system: You are a helpful assistant.
user:
Analyze the provided spectrum to determine if it is a **Carbon Star (C-type)**.

- **Key Visual Indicators of Carbon Star:**
    - **(Primary):** Strong molecular absorption from **C₂ (diatomic carbon) "Swan Bands."** This is the **defining feature** of a carbon star.
        - **(Key Bandheads):** Sharp absorption edges are visible at approximately $5635$ Å, $5165$ Å (the strongest band), and $4737$ Å.
        - **(Line Profile):** Creates a distinct **"saw-tooth"** pattern. The key morphology is a sharp, steep bandhead on the **red (long-wavelength) side**, which then gradually tapers off (i.e., flux recovers) towards the **blue (short-wavelength) side**. *(This is the direct opposite of the TiO bands seen in M-type stars)*.

    - **(Secondary):** Intense **CN (cyanogen)** molecular absorption bands.
        - **(Key Bandheads):** Located in the blue and violet regions of the spectrum (e.g., near $4215$ Å and $3883$ Å).
        - **(Morphology):** These bands are extremely broad and act as a "blanket," absorbing the vast majority of blue and violet light. This creates a characteristic **"cliff"** or **"steep drop-off"** in the spectrum's flux at short wavelengths.

    - **(Key Confirmation):** Strong **CH absorption band (G-band)**.
        - **(Key Bandhead):** Located around $4300$ Å. The contribution from CH molecules to this band is exceptionally strong.

    - **(Overall Spectrum):**
        - The continuum is severely "chopped up" by these deep molecular bands, especially C₂, rather than appearing as a smooth curve.
        - Due to the heavy CN and C₂ absorption in the blue-green, the vast majority of the star's flux is concentrated in the red part of the spectrum, giving the star its characteristic deep red color.

Think first, call **spectral_visualization_tool** if needed to examine features in detail, then provide your final answer. Your response must adhere to the following strict rules:
1.  **Overall Structure:** Your response must follow the format `<think>...</think> <tool_call>...</tool_call> (if a tool is used) <answer>...</answer>`.
2.  **Tool Usage Constraint:** You may only make **one** tool call per turn.
3.  **Final Answer Format:** In the `<answer>` tag, your conclusion must be inside a `\boxed{}` command (e.g., `\boxed{YES}`), followed by your justification.

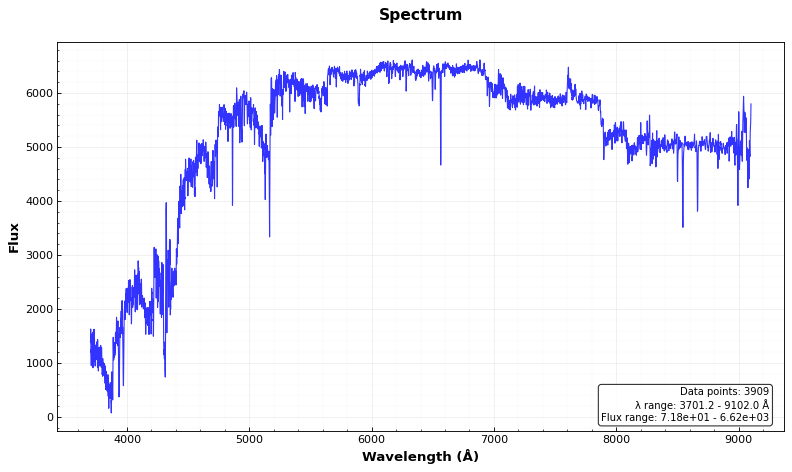
Answer: YES